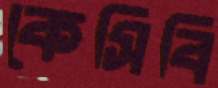
কেসিবি